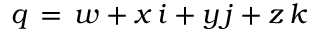
~ q \, = \, w + x \, i + y \, j + z \, k